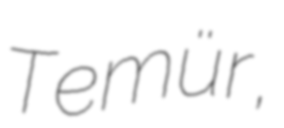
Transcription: Temür,